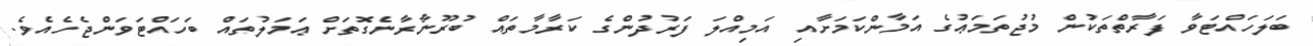
ބަލަހައްޓަވާ ފަރާތްތަކުން މުޖުތަމަޢުގެ އަމާންކަމަށާއި އަމިއްލަ ފަރުދުންގެ ކަރާމާތައް ބުރޫނާރާނެގޮތަށް ޢަމަލުތައް ބަހައްޓަވަންޖެހެއެވެ.